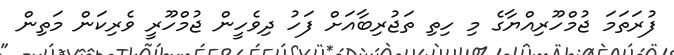
ފުރަތަމަ ޖުމްހޫރިއްޔާގެ މި ހިތި ތަޖުރިބާއަށް ފަހު ދިވެހީން ޖުމްހޫރީ ވެރިކަން މަތިން